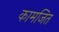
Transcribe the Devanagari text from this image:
कामजित